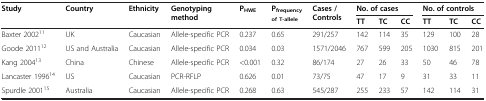
| <ROWSPAN=2> Study | <ROWSPAN=2> Country | <ROWSPAN=2> Ethnicity | <ROWSPAN=2> Genotyping method | <ROWSPAN=2> PHWE | <ROWSPAN=2> Pfrequency of T-allele | <ROWSPAN=2> Cases / Controls | <COLSPAN=3> No. of cases | <COLSPAN=3> No. of controls |
 | TT | TC | CC | TT | TC | CC |
 | --- | --- | --- | --- | --- | --- | --- | --- | --- | --- | --- | --- | --- |
 | Baxter 200211 | UK | Caucasian | Allele-specific PCR | 0.237 | 0.65 | 291/257 | 142 | 114 | 35 | 129 | 100 | 28 |
 | Goode 201112 | US and Australia | Caucasian | Allele-specific PCR | 0.034 | 0.03 | 1571/2046 | 767 | 599 | 205 | 1030 | 815 | 201 |
 | Kang 200413 | China | Chinese | Allele-specific PCR | <0.001 | 0.32 | 86/174 | 27 | 26 | 33 | 50 | 46 | 78 |
 | Lancaster 199614 | US | Caucasian | PCR-RFLP | 0.626 | 0.01 | 73/75 | 47 | 17 | 9 | 31 | 33 | 11 |
 | Spurdle 200115 | Australia | Caucasian | Allele-specific PCR | 0.268 | 0.63 | 545/287 | 255 | 233 | 57 | 142 | 114 | 31 |